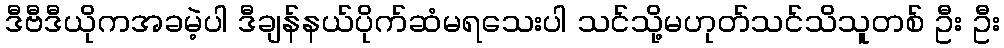
ဒီဗီဒီယိုကအခမဲ့ပါ ဒီချန်နယ်ပိုက်ဆံမရသေးပါ သင်သို့မဟုတ်သင်သိသူတစ် ဦး ဦး